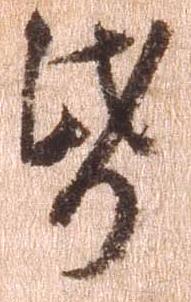
紙